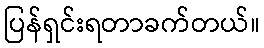
ပြန်ရှင်းရတာခက်တယ်။